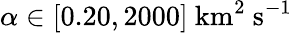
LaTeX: \alpha\in[0.20,2000]\ \mathrm{km^{2}\ s^{-1}}